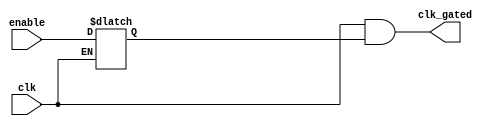
module c_clkgate_1
  (clk, enable, clk_gated);
   input clk;
   input enable;
   output clk_gated;
   wire clk_gated;
   reg 	enable_q;
   always @(clk, enable)
     begin
	if(clk == 0)
          enable_q <= enable;
     end
   assign clk_gated = clk & enable_q;
endmodule